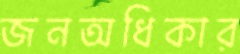
জনঅধিকার